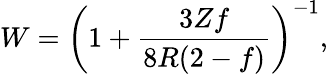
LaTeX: W=\left(1+\frac{3Zf}{8R(2-f)}\right)^{-1},